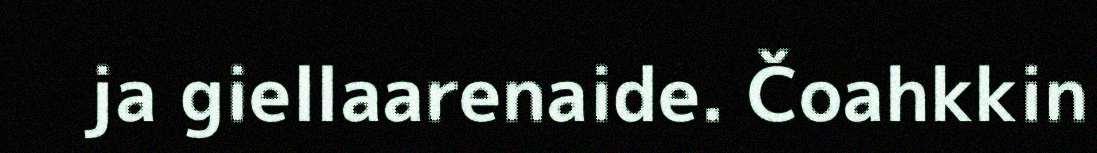
ja giellaarenaide. Čoahkkin